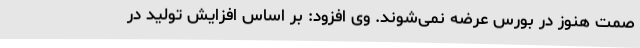
صمت هنوز در بورس عرضه نمی‌شوند. وی افزود: بر اساس افزایش تولید در